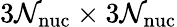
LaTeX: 3\mathcal{N}_{\mathrm{{nuc}}}\times3\mathcal{N}_{\mathrm{{nuc}}}